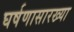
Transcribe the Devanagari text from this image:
घर्षणासारख्या